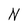
Character: N